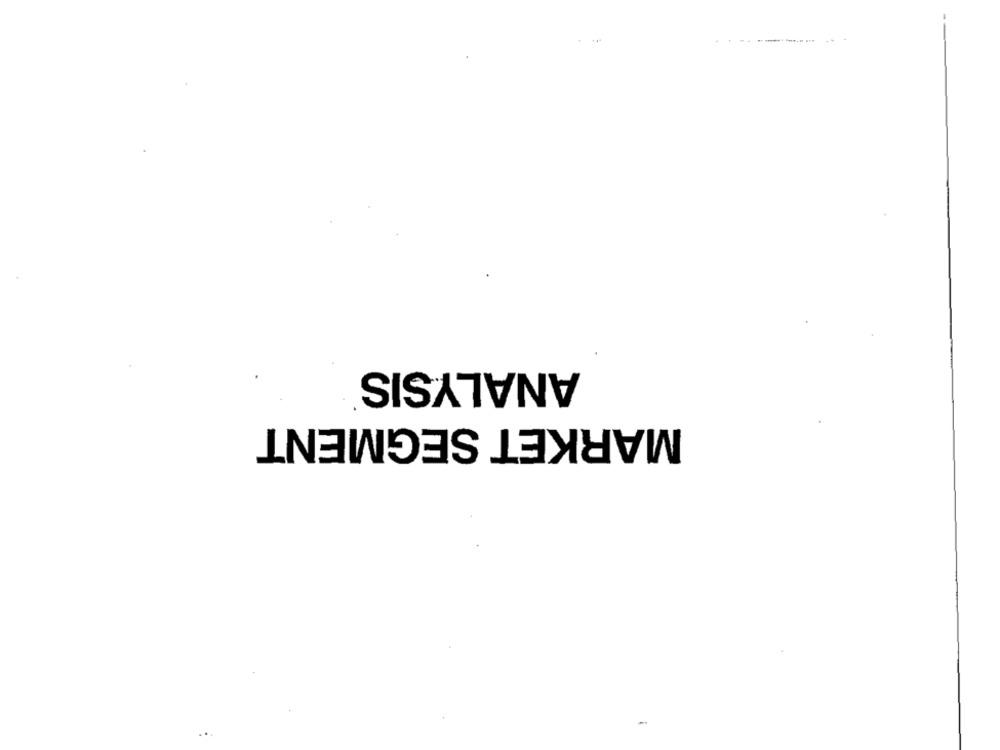
ANALYSIS
MARKET SEGMENT